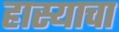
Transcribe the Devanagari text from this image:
हास्याचा